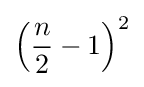
\left({\frac {n}{2}}-1\right)^{2}